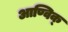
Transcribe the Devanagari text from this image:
आण्विक्